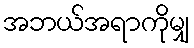
အဘယ်အရာကိုမျှ